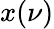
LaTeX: x(\nu)